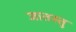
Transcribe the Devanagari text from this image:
जातस्तु